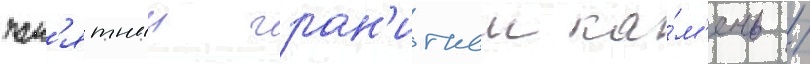
пам'ятныи гран'итныи ка́м'ень /